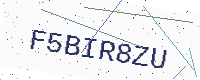
Text: F5BIR8ZU